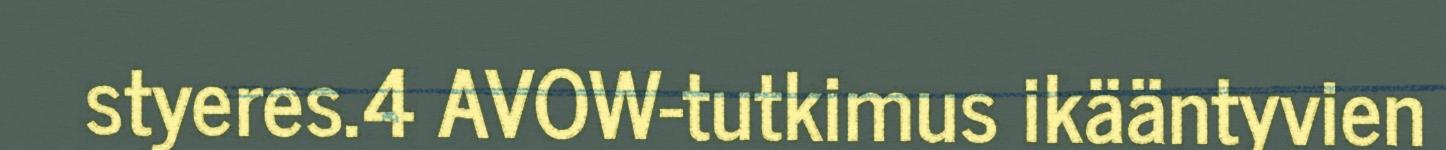
styeres.4 AVOW-tutkimus ikääntyvien